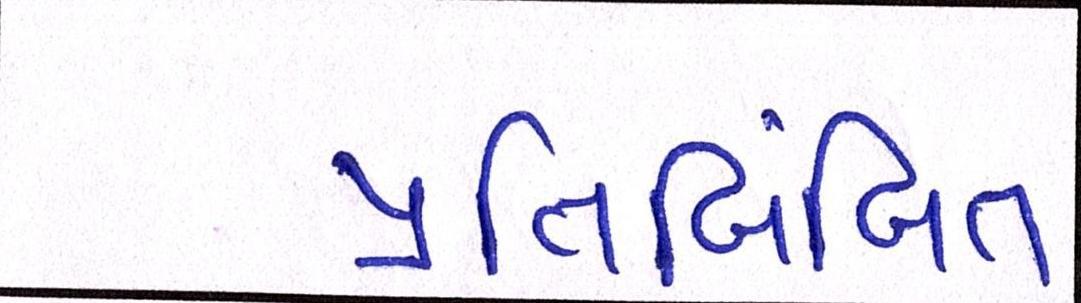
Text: પ્રતિબિંબિત